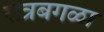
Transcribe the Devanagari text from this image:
रात्रबगळा